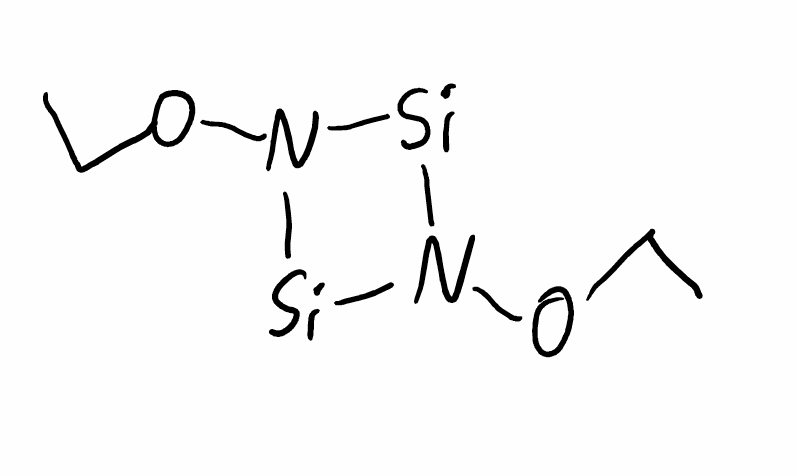
Simplified molecular-input line-entry system (SMILES) notation of the given molecule:
CCON1[Si]N([Si]1)OCC